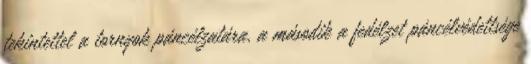
tekintettel a tornyok páncélzatára, a második a fedélzet páncélvédettsége